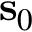
\mathbf { s } _ { 0 }